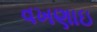
વખણાઇ